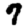
Digit: 7